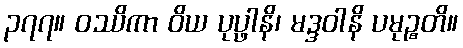
၃၇၇။ ဝဿိကာ ဝိယ ပုပ္ဖါနိ၊ မဒ္ဒဝါနိ ပမုဉ္စတိ။